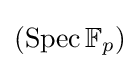
(\operatorname {Spec} \mathbb {F} _{p})